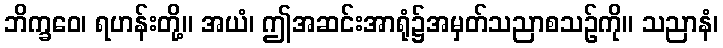
ဘိက္ခဝေ၊ ရဟန်းတို့။ အယံ၊ ဤအဆင်းအာရုံ၌အမှတ်သညာစသဉ်ကို။ သညာနံ၊